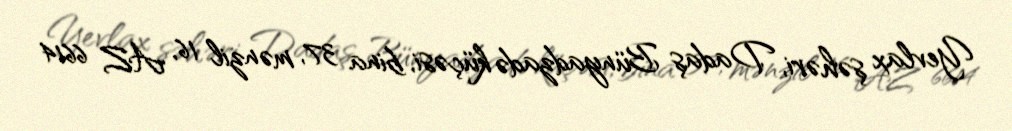
Yevlax şəhəri, Dadaş Bünyadzadə küçəsi, bina 37, mənzil 16, AZ 6614